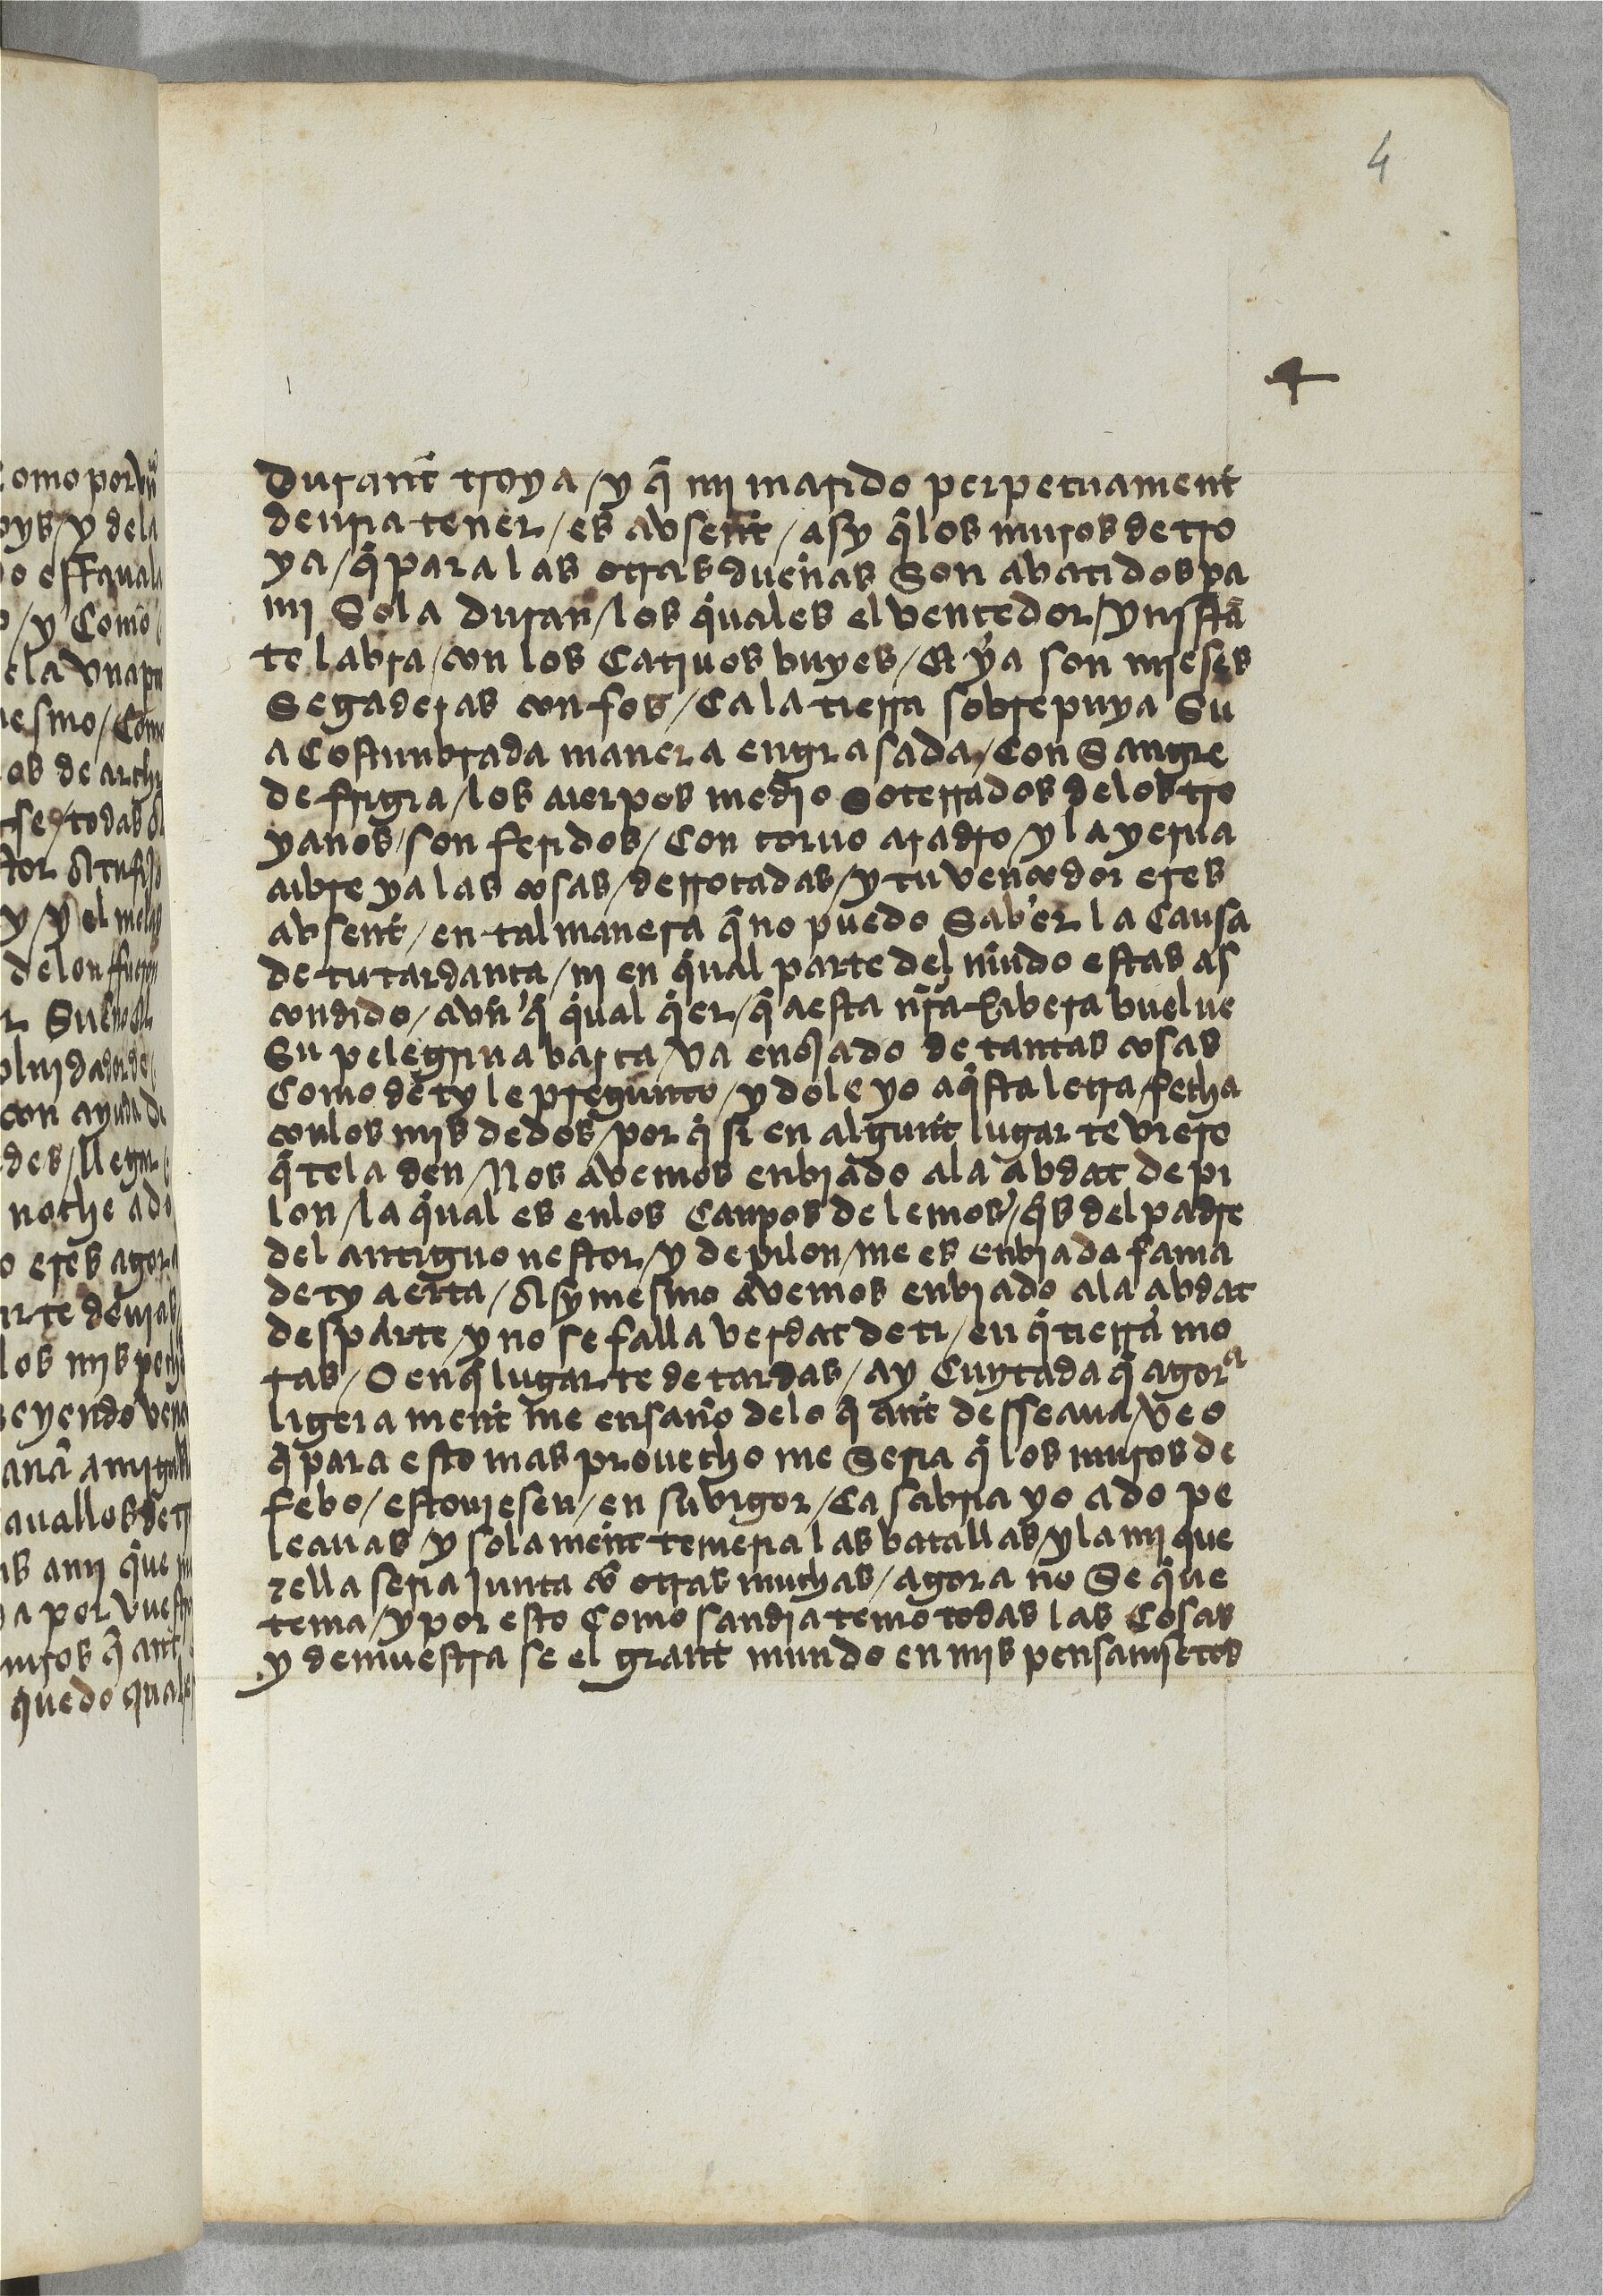
Shelfmark: Paris, BnF, esp. 533
Century: 15